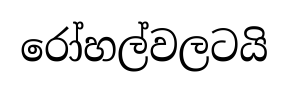
රෝහල්වලටයි